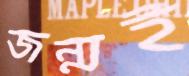
জন্মই